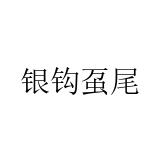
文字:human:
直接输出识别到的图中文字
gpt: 银钩虿尾